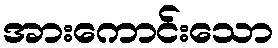
အားကောင်းသော